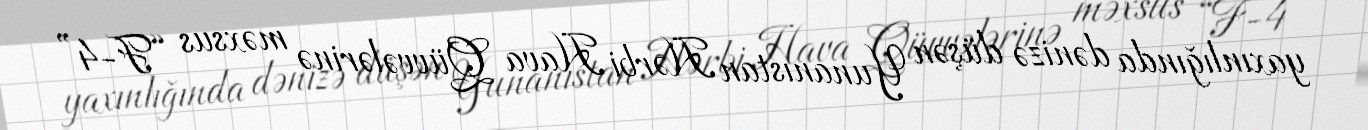
yaxınlığında dənizə düşən Yunanıstan Hərbi Hava Qüvvələrinə məxsus “F-4”